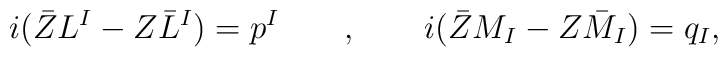
i (\bar ZL^I -Z\bar L^I ) = p^I \qquad , \qquad i (\bar ZM_I -Z\bar M_I ) = q_I,